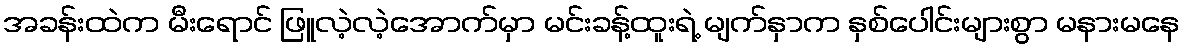
အခန်းထဲက မီးရောင် ဖြူလဲ့လဲ့အောက်မှာ မင်းခန့်ထူးရဲ့ မျက်နှာက နှစ်ပေါင်းများစွာ မနားမနေ